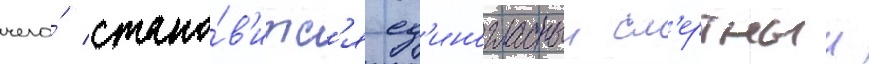
чего́ стано́в'итс'я ед'иногласныи см'ертныи